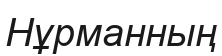
Нұрманның